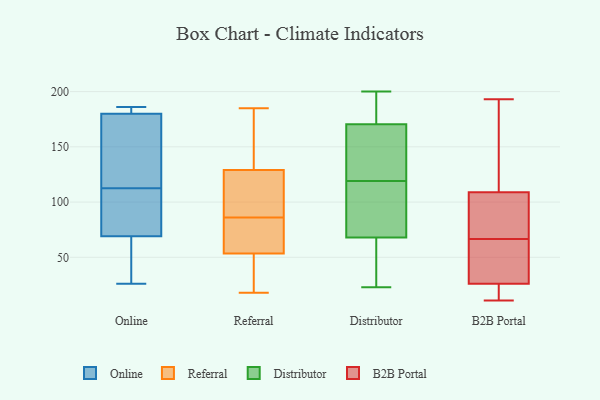
{"axis": {"x": "Headcount", "y": "Value"}, "legend": ["B2B Portal", "Distributor", "Online", "Referral"], "data": [{"x": "", "y": 113, "type": "Online"}, {"x": "", "y": 180, "type": "Online"}, {"x": "", "y": 180, "type": "Online"}, {"x": "", "y": 61, "type": "Online"}, {"x": "", "y": 27, "type": "Online"}, {"x": "", "y": 179, "type": "Online"}, {"x": "", "y": 69, "type": "Online"}, {"x": "", "y": 183, "type": "Online"}, {"x": "", "y": 186, "type": "Online"}, {"x": "", "y": 79, "type": "Online"}, {"x": "", "y": 112, "type": "Online"}, {"x": "", "y": 72, "type": "Online"}, {"x": "", "y": 26, "type": "Online"}, {"x": "", "y": 132, "type": "Online"}, {"x": "", "y": 54, "type": "Referral"}, {"x": "", "y": 74, "type": "Referral"}, {"x": "", "y": 178, "type": "Referral"}, {"x": "", "y": 119, "type": "Referral"}, {"x": "", "y": 18, "type": "Referral"}, {"x": "", "y": 32, "type": "Referral"}, {"x": "", "y": 100, "type": "Referral"}, {"x": "", "y": 53, "type": "Referral"}, {"x": "", "y": 139, "type": "Referral"}, {"x": "", "y": 98, "type": "Referral"}, {"x": "", "y": 185, "type": "Referral"}, {"x": "", "y": 56, "type": "Referral"}, {"x": "", "y": 198, "type": "Distributor"}, {"x": "", "y": 119, "type": "Distributor"}, {"x": "", "y": 137, "type": "Distributor"}, {"x": "", "y": 95, "type": "Distributor"}, {"x": "", "y": 89, "type": "Distributor"}, {"x": "", "y": 23, "type": "Distributor"}, {"x": "", "y": 127, "type": "Distributor"}, {"x": "", "y": 175, "type": "Distributor"}, {"x": "", "y": 200, "type": "Distributor"}, {"x": "", "y": 178, "type": "Distributor"}, {"x": "", "y": 71, "type": "Distributor"}, {"x": "", "y": 67, "type": "Distributor"}, {"x": "", "y": 41, "type": "Distributor"}, {"x": "", "y": 48, "type": "Distributor"}, {"x": "", "y": 157, "type": "Distributor"}, {"x": "", "y": 82, "type": "B2B Portal"}, {"x": "", "y": 94, "type": "B2B Portal"}, {"x": "", "y": 51, "type": "B2B Portal"}, {"x": "", "y": 193, "type": "B2B Portal"}, {"x": "", "y": 26, "type": "B2B Portal"}, {"x": "", "y": 33, "type": "B2B Portal"}, {"x": "", "y": 117, "type": "B2B Portal"}, {"x": "", "y": 19, "type": "B2B Portal"}, {"x": "", "y": 51, "type": "B2B Portal"}, {"x": "", "y": 83, "type": "B2B Portal"}, {"x": "", "y": 113, "type": "B2B Portal"}, {"x": "", "y": 11, "type": "B2B Portal"}, {"x": "", "y": 15, "type": "B2B Portal"}, {"x": "", "y": 109, "type": "B2B Portal"}]}